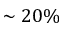
\sim 2 0 \%